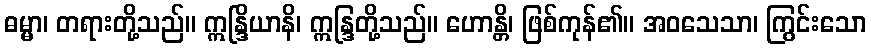
ဓမ္မာ၊ တရားတို့သည်။ ဣန္ဒြိယာနိ၊ ဣန္ဒြတို့သည်။ ဟောန္တိ၊ ဖြစ်ကုန်၏။ အဝသေသာ၊ ကြွင်းသော